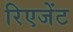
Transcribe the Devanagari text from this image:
रिएजेंट